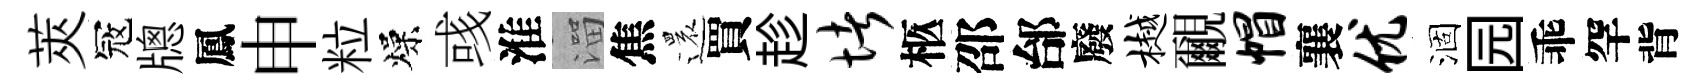
莢冦牕鳳申粒燥彧淮溜焦還買趁堵柩邵邰廢樾覼帽襄优涸园乖罕背